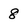
Character: 8